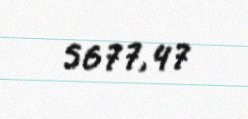
5677,47